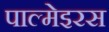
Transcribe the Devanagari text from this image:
पाल्मेइरस